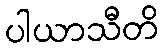
ပါယာသီတိ